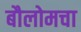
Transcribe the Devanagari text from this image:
बौलोमचा